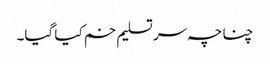
چناچہ سر تسلیم خم کیا گیا۔